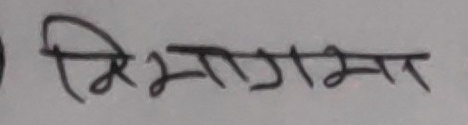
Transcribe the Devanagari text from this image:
मिभागमत